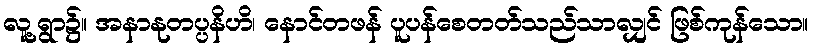
လူ့ရွာ၌။ အနာနုတပ္ပနိဟိ၊ နောင်တဖန် ပူပန်စေတတ်သည်သာလျှင် ဖြစ်ကုန်သော။